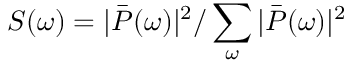
S ( \omega ) = | \bar { P } ( \omega ) | ^ { 2 } / \sum _ { \omega } | \bar { P } ( \omega ) | ^ { 2 }